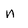
Character: N